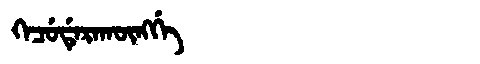
Manchu: ᡴᡝᠴᡠᡩᡝᡵᠠᡴᡡᠩᡤᡝ
Romanization: KECUDERAKŪNGGE